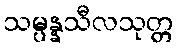
သမ္ပန္နသီလသုတ္တ